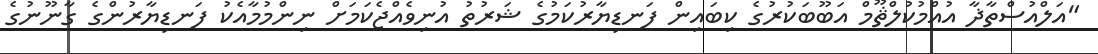
"އަލްއުސްތާޛާ އުއްމުކުލްޘޫމް އަބޫބަކުރުގެ ކިބައިން ފަނޑިޔާރުކަމުގެ ޝަރުތު އުނިވެއްޖެކަމަށް ނިންމުމާއެކު ފަނޑިޔާރުންގެ ގާނޫނުގެ